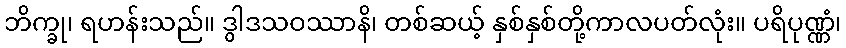
ဘိက္ခု၊ ရဟန်းသည်။ ဒွါဒသဝဿာနိ၊ တစ်ဆယ့် နှစ်နှစ်တို့ကာလပတ်လုံး။ ပရိပုဏ္ဏံ၊